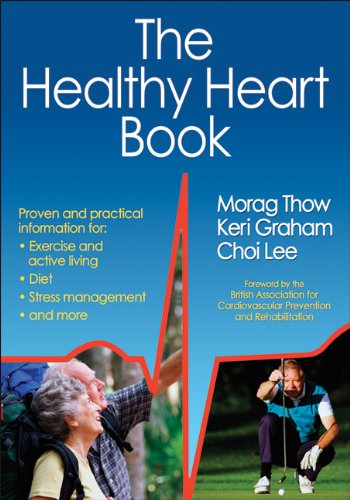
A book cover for Healthy Heart Book, The; Morag Thow; Cookbooks, Food & Wine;